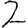
Digit: 2